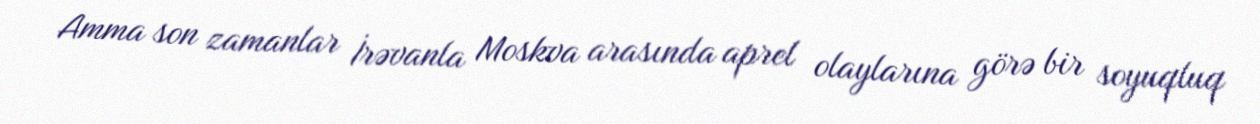
Amma son zamanlar İrəvanla Moskva arasında aprel olaylarına görə bir soyuqluq